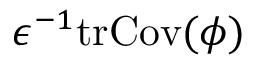
\epsilon ^ { - 1 } \mathrm { t r } \mathrm { C o v } ( \phi )